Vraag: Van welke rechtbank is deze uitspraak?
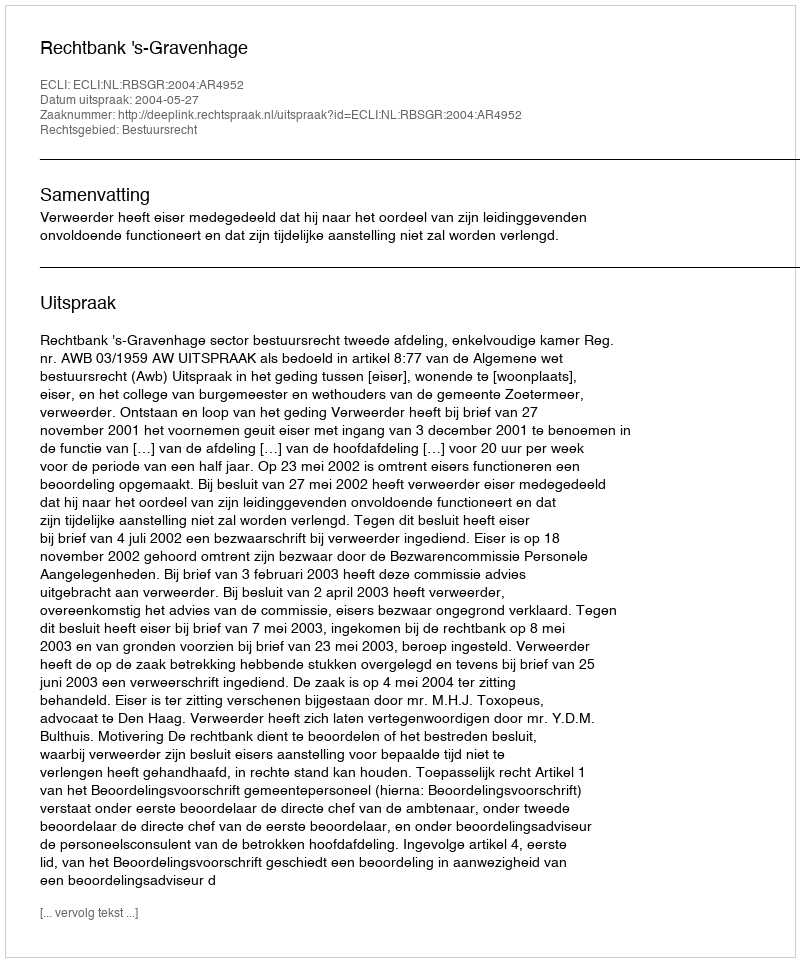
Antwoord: Rechtbank 's-Gravenhage